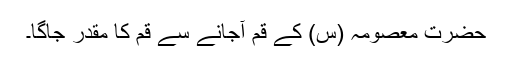
حضرت معصومہ (س) کے قم آجانے سے قم کا مقدر جاگا۔